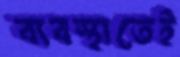
ব্যবস্থাতেই